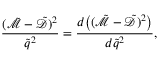
\frac { ( \tilde { \mathcal { M } } - \tilde { \mathcal { D } } ) ^ { 2 } } { \tilde { q } ^ { 2 } } = \frac { d \mathopen { } \mathclose \bgroup \mathopen { } \mathclose \bgroup \mathopen { } \mathclose \bgroup \mathopen { } \mathclose \bgroup \mathopen { } \mathclose \bgroup \mathopen { } \mathclose \bgroup \mathopen { } \mathclose \bgroup \mathopen { } \mathclose \bgroup \mathopen { } \mathclose \bgroup \mathopen { } \mathclose \bgroup \left( ( \tilde { \mathcal { M } } - \tilde { \mathcal { D } } ) ^ { 2 } \aftergroup \egroup \aftergroup \egroup \aftergroup \egroup \aftergroup \egroup \aftergroup \egroup \aftergroup \egroup \aftergroup \egroup \aftergroup \egroup \aftergroup \egroup \aftergroup \egroup \right) } { d \tilde { q } ^ { 2 } } ,